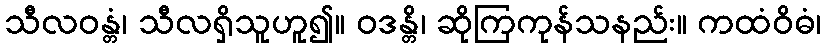
သီလဝန္တံ၊ သီလရှိသူဟူ၍။ ဝဒန္တိ၊ ဆိုကြကုန်သနည်း။ ကထံဝိဓံ၊